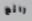
رائع